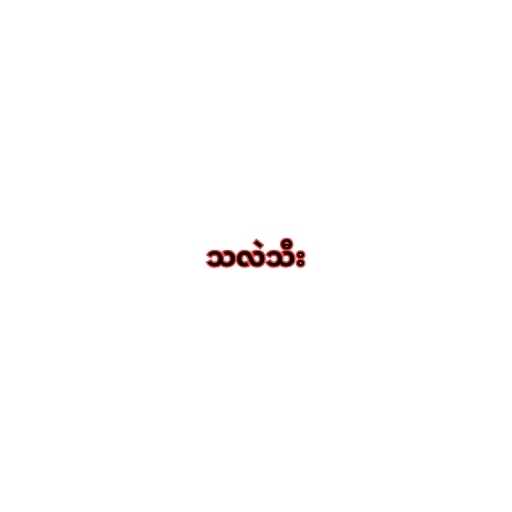
သလဲသီး